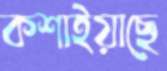
কশাইয়াছে